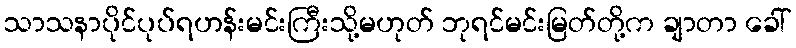
သာသနာပိုင်ပုပ်ရဟန်းမင်းကြီးသို့မဟုတ် ဘုရင်မင်းမြတ်တို့က ချာတာ ခေါ်